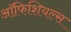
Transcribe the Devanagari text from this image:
ऑफिशियल्स